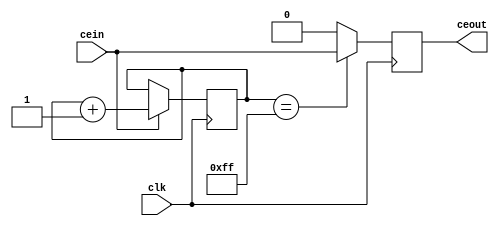
module fixeddivby256(
	input clk,
	input cein,
	output ceout);
	reg ceoutreg = 0;
	reg ceoutregs = 0;
	reg [7:0] counter = 0;
	assign ceout = ceoutregs;
	always @(*) begin
		if(counter == 255)
			ceoutreg <= cein;
		else
			ceoutreg <= 0;
	end
	always @(posedge clk) begin
		ceoutregs <= ceoutreg;
		if(cein)
			counter <= counter + 1;
	end
endmodule